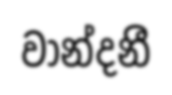
වාන්දනී